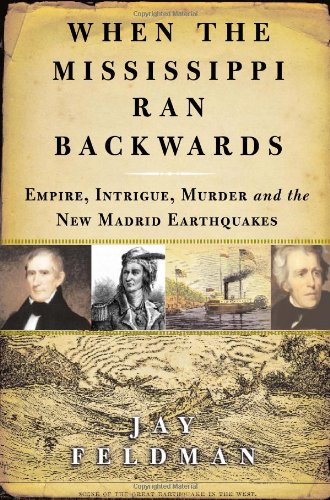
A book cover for When the Mississippi Ran Backwards: Empire, Intrigue, Murder, and the New Madrid Earthquakes; Jay Feldman; History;